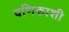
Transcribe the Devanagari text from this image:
वणिकाशी